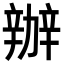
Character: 辦